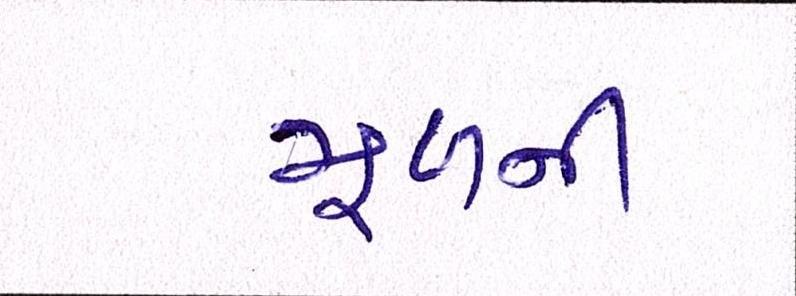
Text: મૂળની